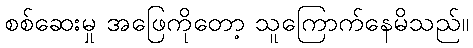
စစ်ဆေးမှု အဖြေကိုတော့ သူကြောက်နေမိသည်။